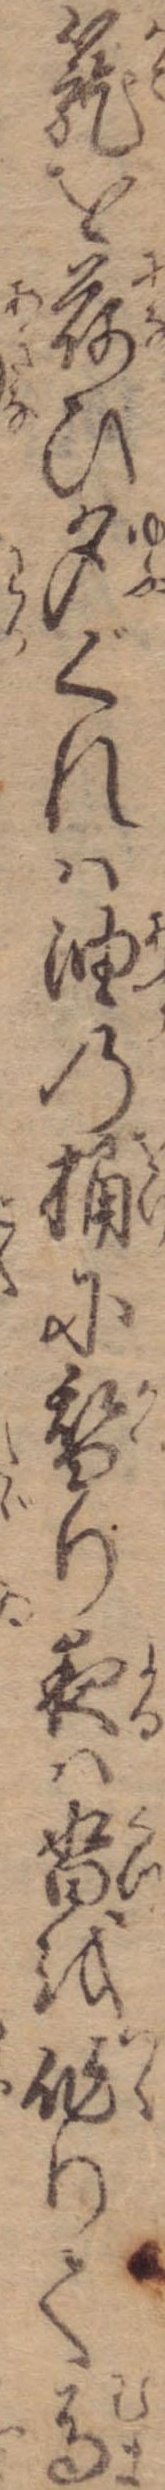
篭を荷ひ夕ぐれは油の桶に替り夜は沓を作りて馬